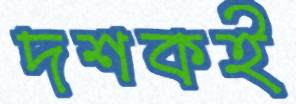
দশকই